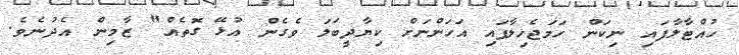
ހުއްޓާލާފައި ނިކަން ހަމަޖެހިލާފައި އަަހަންނަށް ކިޔާދީބަލަ ވެގެން އުޅޭ ގޮތެއް" ޒާމިން އެދުނެވެ.